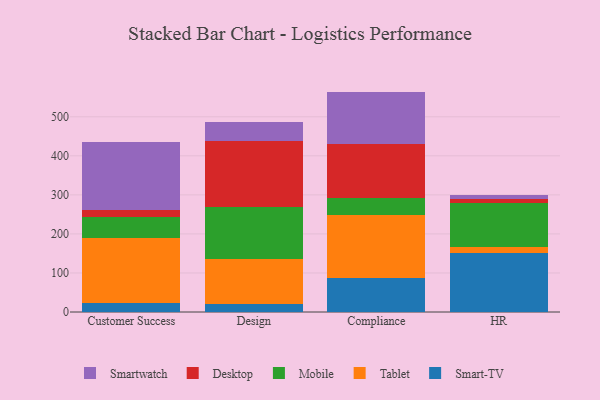
{"axis": {"x": "Department", "y": "Gross Profit (USD K)"}, "legend": ["Desktop", "Mobile", "Smart-TV", "Smartwatch", "Tablet"], "data": [{"x": "Customer Success", "y": 22.0, "type": "Smart-TV"}, {"x": "Customer Success", "y": 166.6, "type": "Tablet"}, {"x": "Customer Success", "y": 55.2, "type": "Mobile"}, {"x": "Customer Success", "y": 18.3, "type": "Desktop"}, {"x": "Customer Success", "y": 174.0, "type": "Smartwatch"}, {"x": "Design", "y": 19.9, "type": "Smart-TV"}, {"x": "Design", "y": 116.8, "type": "Tablet"}, {"x": "Design", "y": 132.7, "type": "Mobile"}, {"x": "Design", "y": 167.4, "type": "Desktop"}, {"x": "Design", "y": 49.9, "type": "Smartwatch"}, {"x": "Compliance", "y": 88.1, "type": "Smart-TV"}, {"x": "Compliance", "y": 161.4, "type": "Tablet"}, {"x": "Compliance", "y": 41.8, "type": "Mobile"}, {"x": "Compliance", "y": 139.9, "type": "Desktop"}, {"x": "Compliance", "y": 133.3, "type": "Smartwatch"}, {"x": "HR", "y": 151.9, "type": "Smart-TV"}, {"x": "HR", "y": 13.9, "type": "Tablet"}, {"x": "HR", "y": 114.6, "type": "Mobile"}, {"x": "HR", "y": 10.1, "type": "Desktop"}, {"x": "HR", "y": 9.5, "type": "Smartwatch"}]}